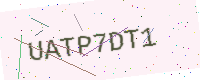
Text: UATP7DT1